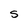
Character: S